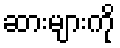
ဆားများကို